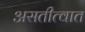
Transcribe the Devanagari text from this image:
असतीत्वात